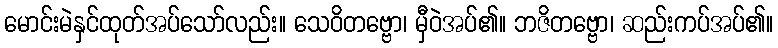
မောင်းမဲနှင်ထုတ်အပ်သော်လည်း။ သေဝိတဗ္ဗော၊ မှီဝဲအပ်၏။ ဘဇိတဗ္ဗော၊ ဆည်းကပ်အပ်၏။